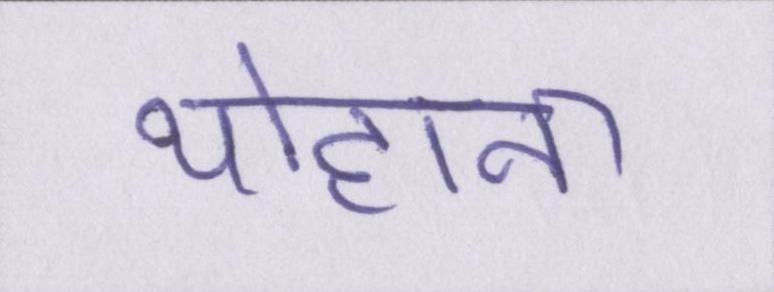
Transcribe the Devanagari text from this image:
योहाना